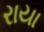
રાયા